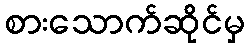
စားသောက်ဆိုင်မှ